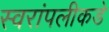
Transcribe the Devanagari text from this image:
स्वरांपलीकडे